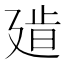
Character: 𢌧